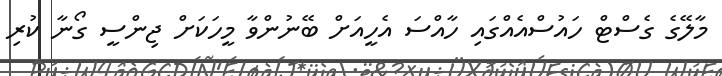
މާލޭގެ ގެސްޓް ހައުސްއެއްގައި ހާއްސަ އެހީއަށް ބޭނުންވާ މީހަކަށް ޖިންސީ ގޯނާ ކުރި